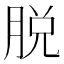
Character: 脱